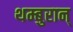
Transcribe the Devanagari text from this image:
थम्बुरान्